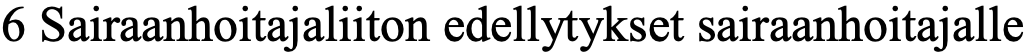
6 Sairaanhoitajaliiton edellytykset sairaanhoitajalle